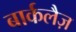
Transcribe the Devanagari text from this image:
बार्कलैज़